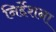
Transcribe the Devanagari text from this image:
निर्द्देशना